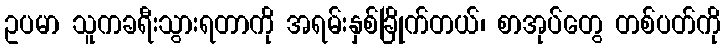
ဥပမာ သူကခရီးသွားရတာကို အရမ်းနှစ်ခြိုက်တယ်၊ စာအုပ်တွေ တစ်ပတ်ကို